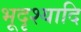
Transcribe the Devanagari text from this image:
भूदृश्यादि